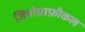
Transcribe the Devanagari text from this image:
जियोग्राफ़ीकल